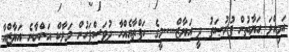
އަމިއްލަ ޙަޔާތުން ފުރުޞަތު ދީ އަޔާޒް.....މީގެ ހަފްތާއެއްހާ ދުވަސްފަހުން މަލާކް އަންނާނެ އަޔާޒްއާ